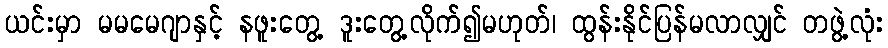
ယင်းမှာ မမမေဂျာနှင့် နဖူးတွေ့ ဒူးတွေ့လိုက်၍မဟုတ်၊ ထွန်းနိုင်ပြန်မလာလျှင် တဖွဲ့လုံး